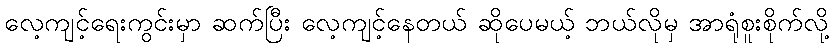
လေ့ကျင့်ရေးကွင်းမှာ ဆက်ပြီး လေ့ကျင့်နေတယ် ဆိုပေမယ့် ဘယ်လိုမှ အာရုံစူးစိုက်လို့